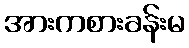
အားကစားခန်းမ